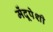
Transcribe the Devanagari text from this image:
मेंदूपेशी